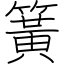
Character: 簧